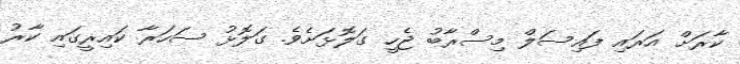
ކާރަށް އަރައި ފައިސަލް މިސްރާބު ޖެހީ ގަލޮޅަށެވެ. ގަލޮޅު ސަހަރާ ކައިރީގައި ކާރު